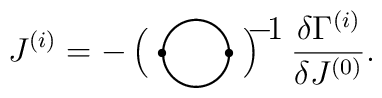
J^{(i)}=-\left(\setlength{\unitlength}{1mm}\begin{picture}(12,4)\thicklines\put(6,1){\circle{8}}\put(1.75,1){\circle*{1}}\put(10.25,1){\circle*{1}}\put(12.5,4){\makebox(0,0)[l]{$\scriptsize -\! 1$}}\end{picture}\right)\:\;\;\frac{\delta \Gamma^{(i)}}{\delta J^{(0)}}.